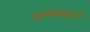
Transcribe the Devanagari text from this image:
राजवाडों